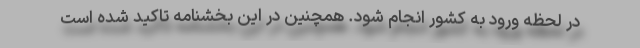
در لحظه ورود به کشور انجام شود. همچنین در این بخشنامه تاکید شده است